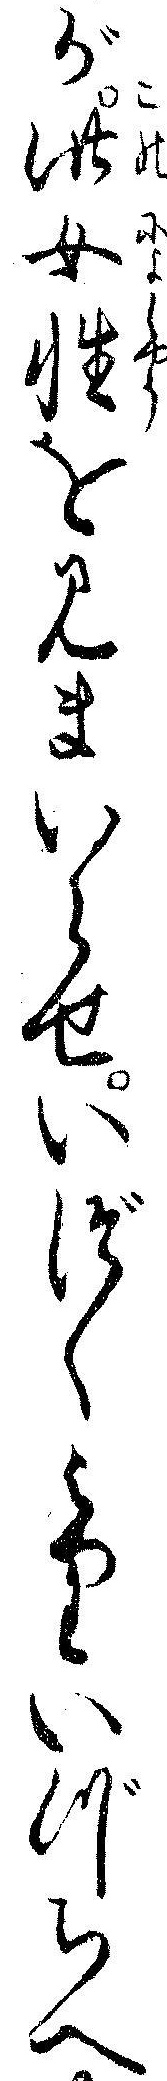
が此女性を見まいらせいづくよりいづちへ